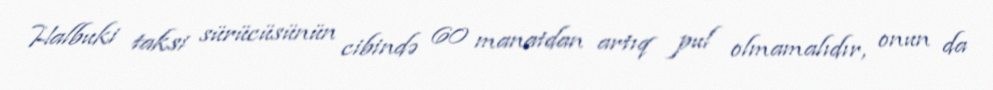
Halbuki taksi sürücüsünün cibində 60 manatdan artıq pul olmamalıdır, onun da